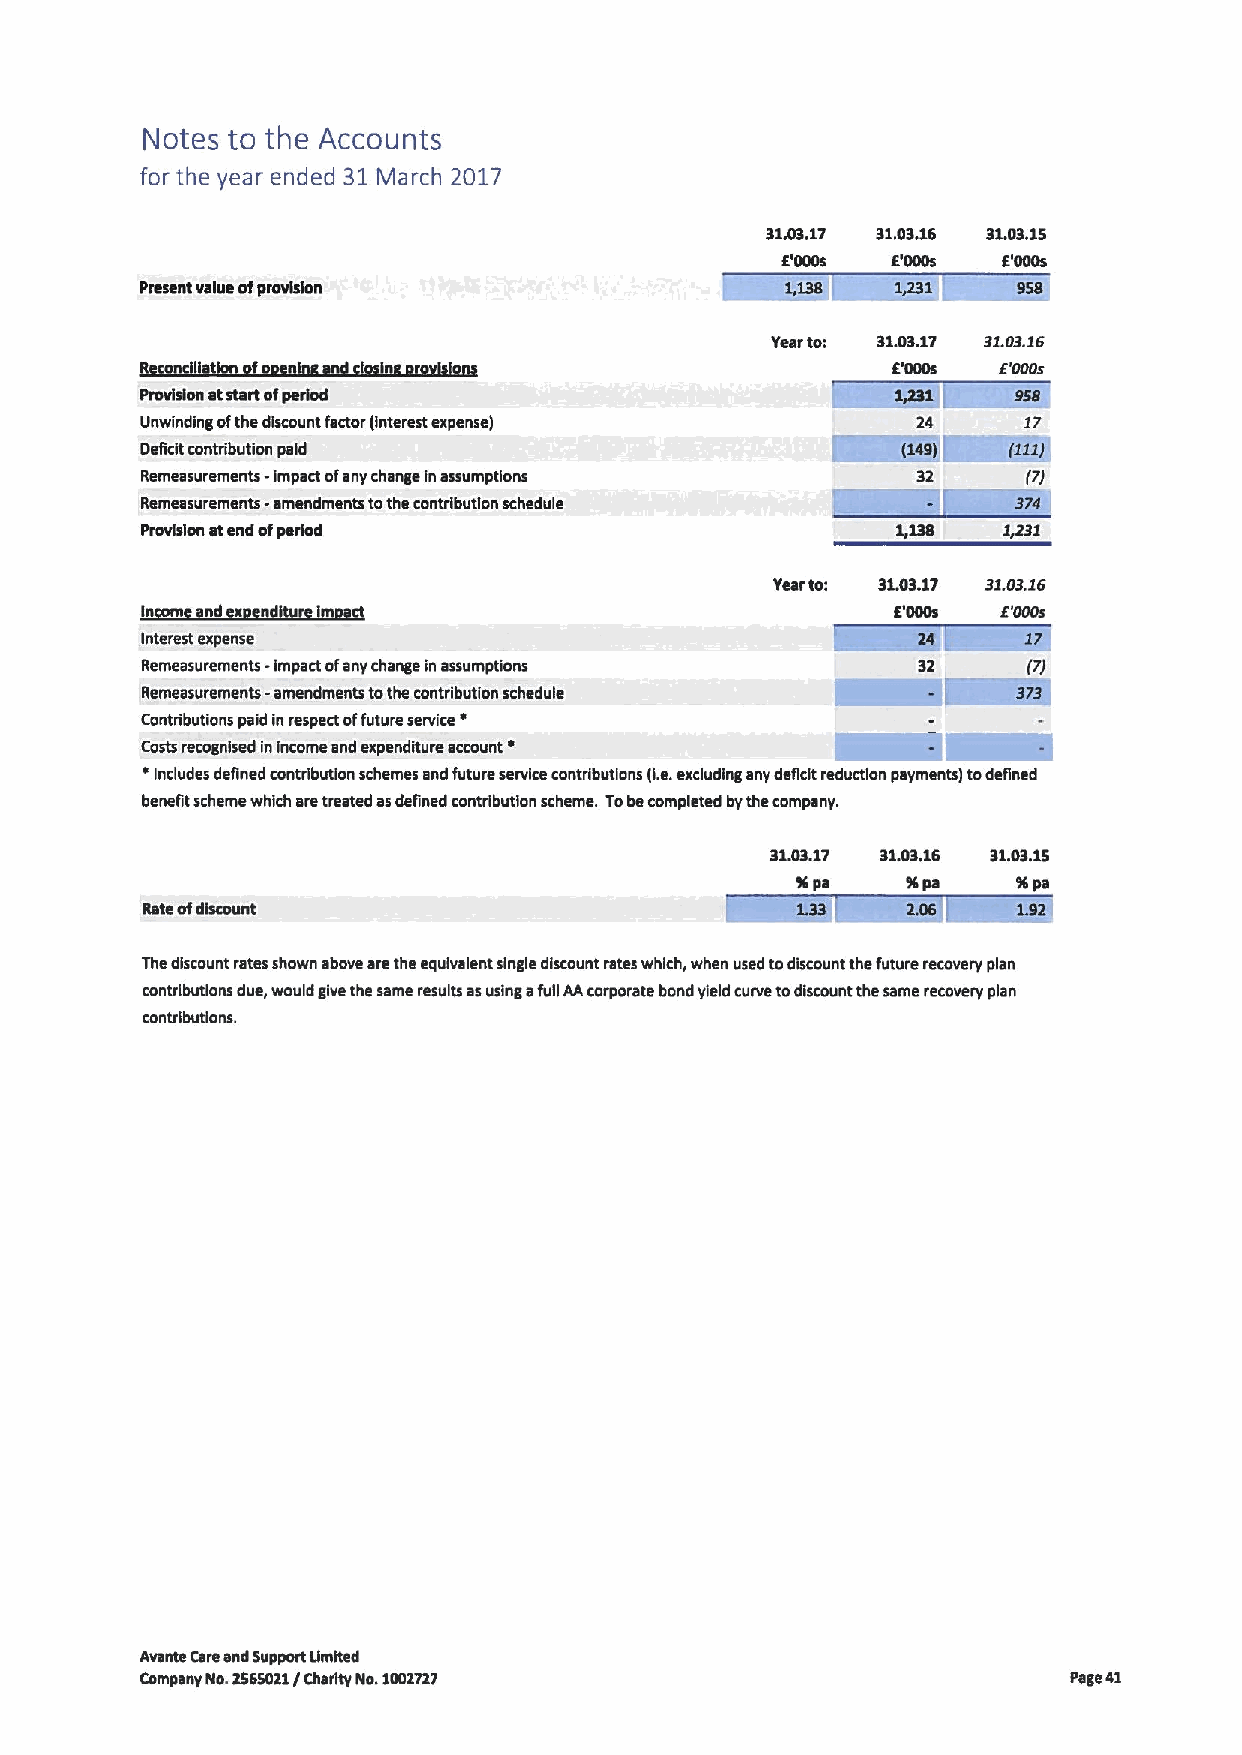
Notes to the Accounts
 for the year ended 31March 2017
 8L03.17 31.03.16 81.08.15
 5'000s E'000s E'000s
 Present value ofprovision                  1,138  1.23    958
 Yearto: S1.03.17 31.03.16
 R ncgl tlon fo nln ndcl In r io                   6'000s E'000s
 Provision atstart ofperiod
 Unwinding ofthe discount factor )interest expense) ~Kl24~EB17
 Deficit contribution paid
 Remeasurements -impact ofany change inassumptions   32     (7)
 Remeasurements -amendments tothe contribution schedule
 Provision atend ofperiod                          1,188  1,231
 Yearto: $1.0$.17 31.03.16
 In   nd                                           E'000s E'000s
 Interest expense
 Remeasurements - Impact ofany change in assumptions 32     (7)
 Remeasurements -amendments tothe contribution schedule
 Contributions paid in respect offuture service s
 s
 Costs recognised inincome and expenditure account
 '
 Includes defined contribution schemes and future service contributions (i.e.excluding any deficit reduction payments) todefined
 benefit scheme which aretreated asdefined contribution scheme. Tobecompleted bythe company.
 $1.03.17 $1.05.16 81.08.15
 Spa    fspa   11Pa
 RateofdIscount
 Thediscount rates shown above are the equivalent single discount rates which, when used todiscount the future recovery plan
 contributions due, would give the same results asusing afull AAcorporate bond yield curve todiscount the same recovery plan
 contributions.
 Avante Careand Support Umlted
 Company No.2565021/ Charity No.1002727                        Page 41